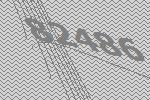
82486